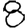
Digit: 8